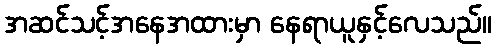
အဆင်သင့်အနေအထားမှာ နေရာယူနှင့်လေသည်။